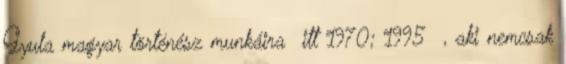
Gyula magyar történész munkáira itt 1970; 1995 , aki nemcsak